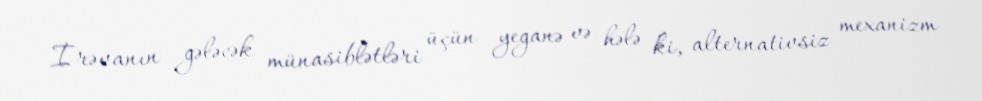
İrəvanın gələcək münasiblətləri üçün yeganə və hələ ki, alternativsiz mexanizm